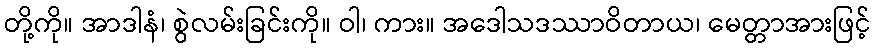
တို့ကို။ အာဒါနံ၊ စွဲလမ်းခြင်းကို။ ဝါ၊ ကား။ အဒေါသဒဿာဝိတာယ၊ မေတ္တာအားဖြင့်